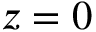
z = 0